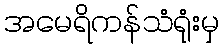
အမေရိကန်သံရုံးမှ